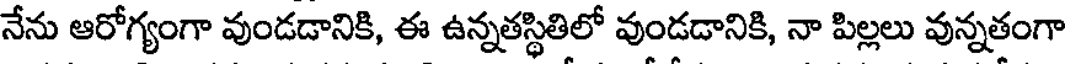
నేను ఆరోగ్యంగా వుండడానికి, ఈ ఉన్నతస్థితిలో వుండడానికి, నా పిల్లలు వున్నతంగా